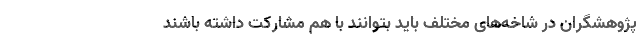
پژوهشگران در شاخه‌های مختلف باید بتوانند با هم مشارکت داشته باشند